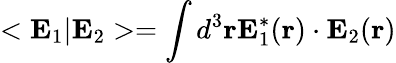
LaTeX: <{\mathbf E}_{1}|{\mathbf E}_{2}>=\int d^{3}{\mathbf r}{\mathbf E}_{1}^{*}({\mathbf r})\cdot{\mathbf E}_{2}({\mathbf r})